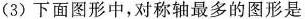
(3)下面图形中，对称轴最多的图形是